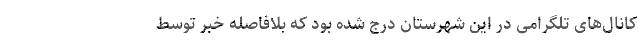
کانال‌های تلگرامی در این شهرستان درج شده بود که بلافاصله خبر توسط